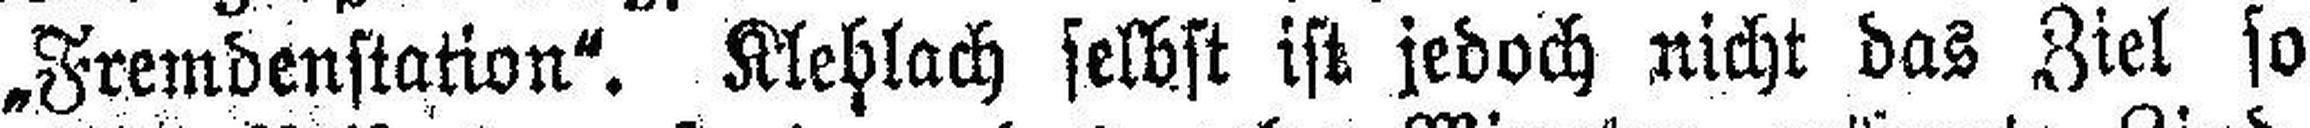
„Fremdenstation". Klehlach selbst ist jedoch nicht das Ziel so